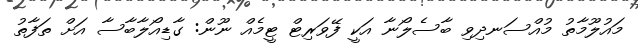
މައުލޫމާތު މުއްސަނދިވި ބާސެލޯނާ އަކީ ފޭވަރިޓް ޓީމެއް ނޫން: ގާޑިއޯލާބާސާ އަށް ތަފާތު